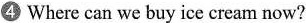
④ Where can we buy ice cream now?